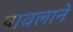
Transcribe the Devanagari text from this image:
पावलाने